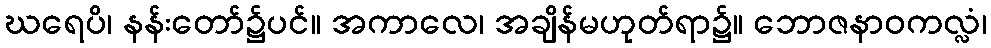
ဃရေပိ၊ နန်းတော်၌ပင်။ အကာလေ၊ အချိန်မဟုတ်ရာ၌။ ဘောဇနာဝကလ္လံ၊